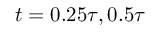
t = 0 . 2 5 \tau , 0 . 5 \tau